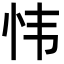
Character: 𫹴